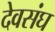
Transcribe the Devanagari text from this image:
देवसंघ